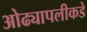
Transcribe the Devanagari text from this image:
ओढ्यापलीकडे